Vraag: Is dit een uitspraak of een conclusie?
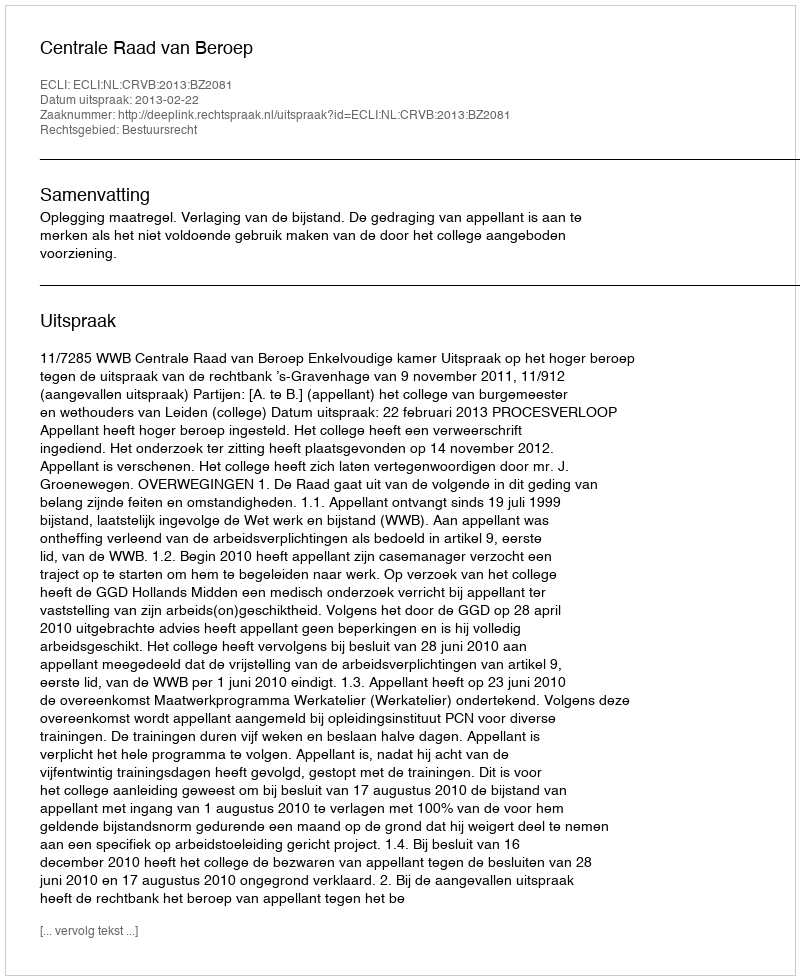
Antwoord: Uitspraak